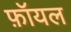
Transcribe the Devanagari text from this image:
फ़ॉयल